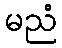
မညံ